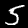
Digit: 5